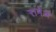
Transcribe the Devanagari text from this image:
रामेआ